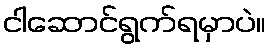
ငါဆောင်ရွက်ရမှာပဲ။